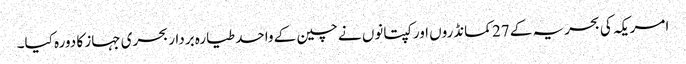
امریکہ کی بحریہ کے 27 کمانڈروں اور کپتانوں نے چین کے واحد طیارہ بردار بحری جہاز کا دورہ کیا۔